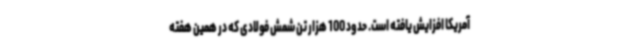
آمریکا افزایش یافته است. حدود 100 هزار تن شمش فولادی که در همین هفته